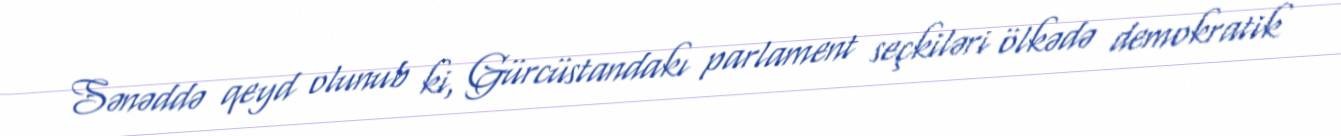
Sənəddə qeyd olunub ki, Gürcüstandakı parlament seçkiləri ölkədə demokratik